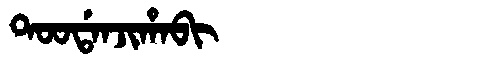
Manchu: ᡨᠣᠣᡩᠠᠨᠵᡳᡥᠠᠪᡳ
Romanization: TOODANJIHABI